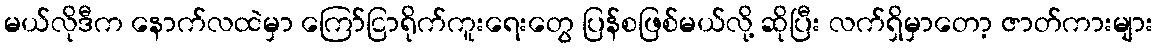
မယ်လိုဒီက နောက်လထဲမှာ ကြော်ငြာရိုက်ကူးရေးတွေ ပြန်စဖြစ်မယ်လို့ ဆိုပြီး လက်ရှိမှာတော့ ဇာတ်ကားများ